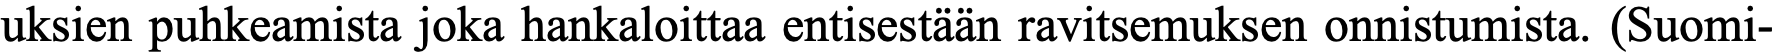
uksien puhkeamista joka hankaloittaa entisestään ravitsemuksen onnistumista. (Suomi-